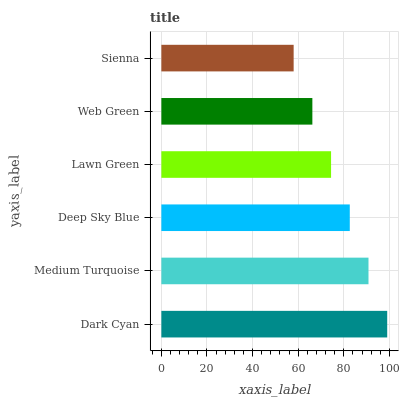
| yaxis_label | bars |
 | --- | --- |
 | Dark Cyan | 99 |
 | Medium Turquoise | 90.8 |
 | Deep Sky Blue | 82.6 |
 | Lawn Green | 74.4 |
 | Web Green | 66.2 |
 | Sienna | 58 |